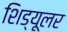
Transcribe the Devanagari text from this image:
शिड्यूलर